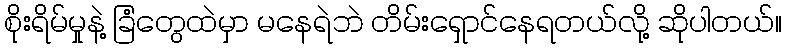
စိုးရိမ်မှုနဲ့ ခြံတွေထဲမှာ မနေရဲဘဲ တိမ်းရှောင်နေရတယ်လို့ ဆိုပါတယ်။